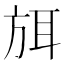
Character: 𭤶